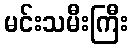
မင်းသမီးကြီး